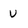
Character: v